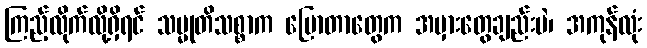
ကြည့်လိုက်လို့ရှိရင် သမ္မုတိသစ္စာက ပြောတာတွေက အမှားတွေချည်းပဲ၊ အကုန်လုံး